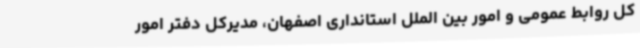
کل روابط عمومی و امور بین الملل استانداری اصفهان، مدیرکل دفتر امور